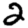
Digit: 2